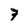
Character: 7